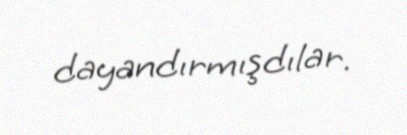
dayandırmışdılar.